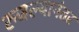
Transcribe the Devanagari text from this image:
रुजल्यानंतर